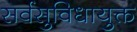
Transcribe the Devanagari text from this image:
सर्वसुविधायुक्त